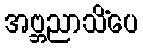
အဗ္ဘညာသိံပေ